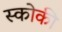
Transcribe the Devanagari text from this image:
स्‍कोकी